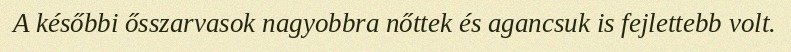
A későbbi ősszarvasok nagyobbra nőttek és agancsuk is fejlettebb volt.